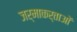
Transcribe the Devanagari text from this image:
जर्माकर्ताओं